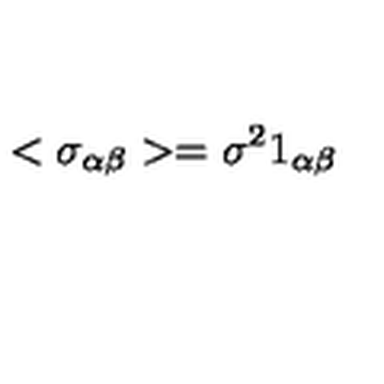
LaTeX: < \sigma _ { \alpha \beta } > = \sigma ^ { 2 } 1 _ { \alpha \beta }